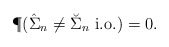
\begin{align*} \P(\hat\Sigma_n\neq \breve \Sigma_n \ \textup{i.o.})=0.\end{align*}